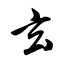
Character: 玄